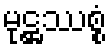
မုဋ္ဌဿစ္စံ